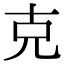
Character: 克